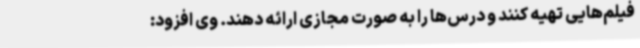
فیلم‌هایی تهیه کنند و درس‌ها را به صورت مجازی ارائه دهند. وی افزود: